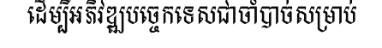
ដើម្បីអភិវឌ្ឍបច្ចេកទេសជាចាំបាច់សម្រាប់